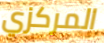
المركزي